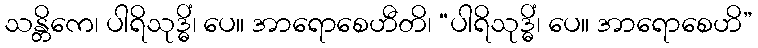
သန္တိကေ၊ ပါရိသုဒ္ဓိံ၊ ပေ။ အာရောစေဟီတိ၊ “ပါရိသုဒ္ဓိံ၊ ပေ။ အာရောစေဟိ”